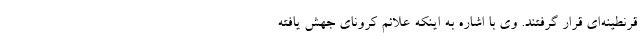
قرنطینه‌ای قرار گرفتند. وی با اشاره به اینکه علائم کرونای جهش‌ یافته